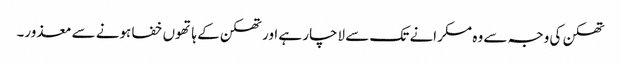
تھکن کی وجہ سے وہ مسکرانے تک سے لاچار ہے اور تھکن کے ہاتھوں خفا ہونے سے معذور۔